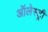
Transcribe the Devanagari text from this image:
ऑलेस्ट्री